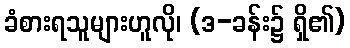
ခံစားရသူများဟူလို၊ (ဒ-ခန်း၌ ရှိ၏)